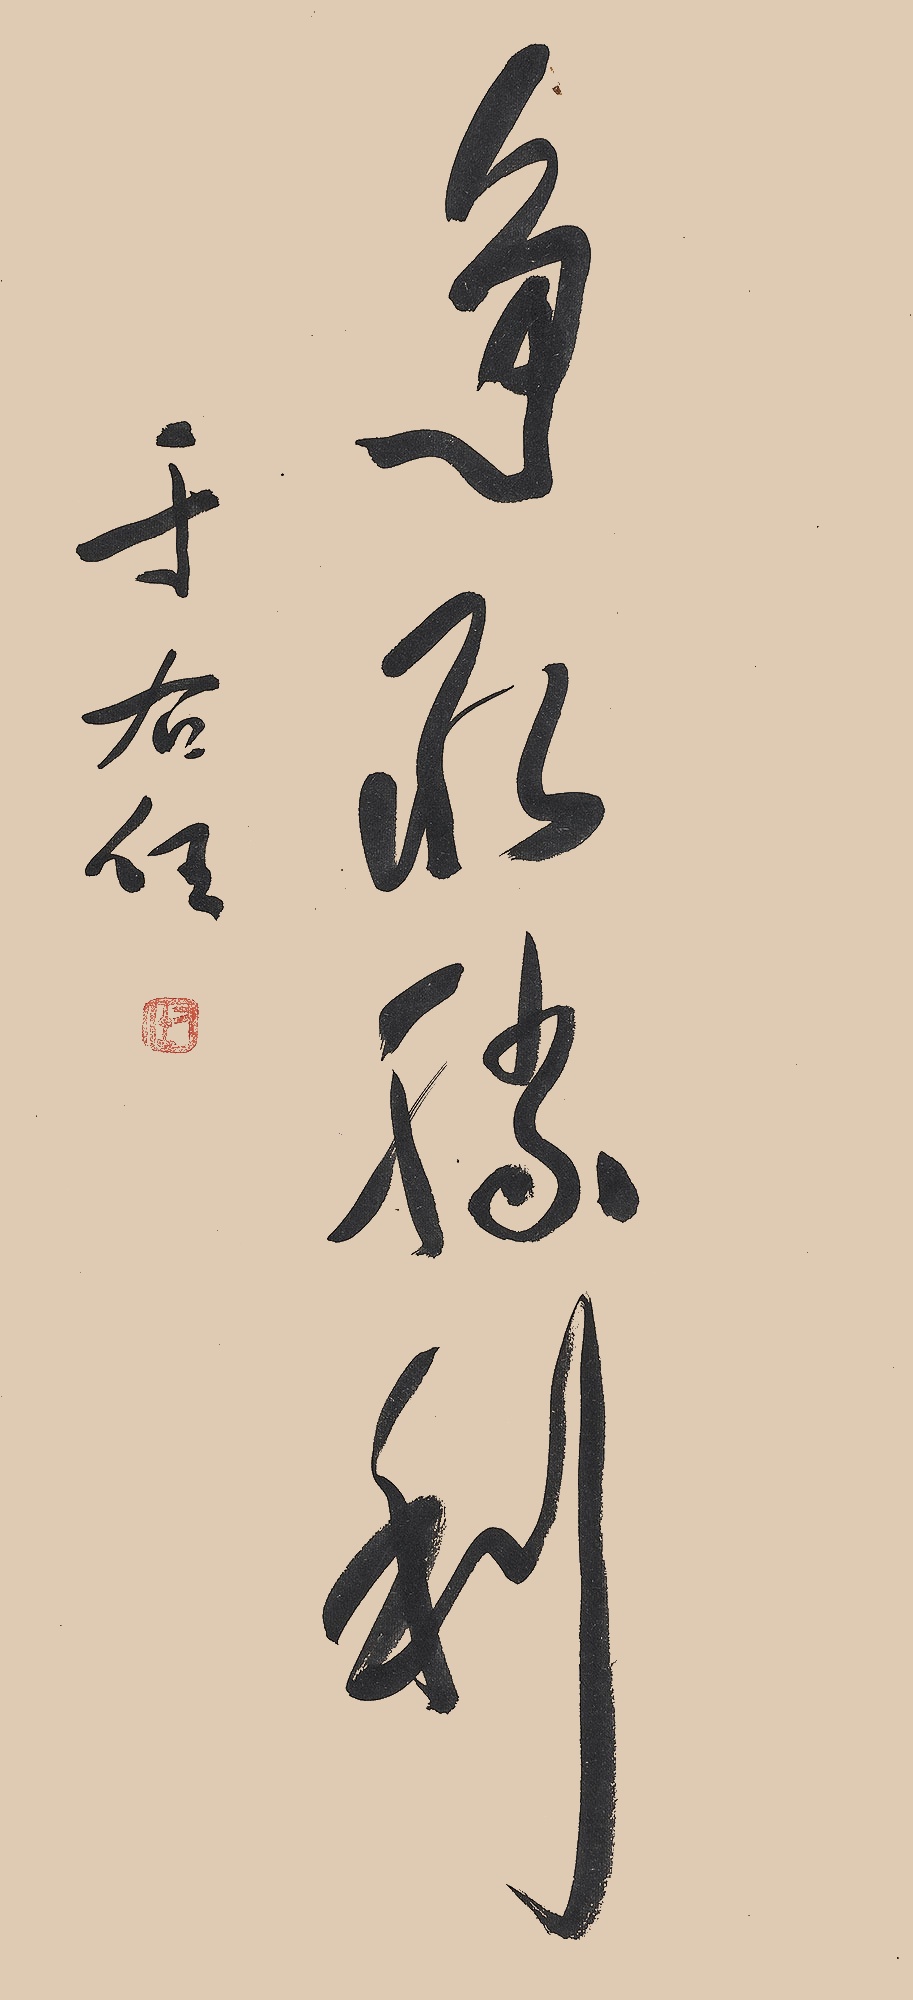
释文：争取胜利于右任